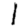
Digit: 1